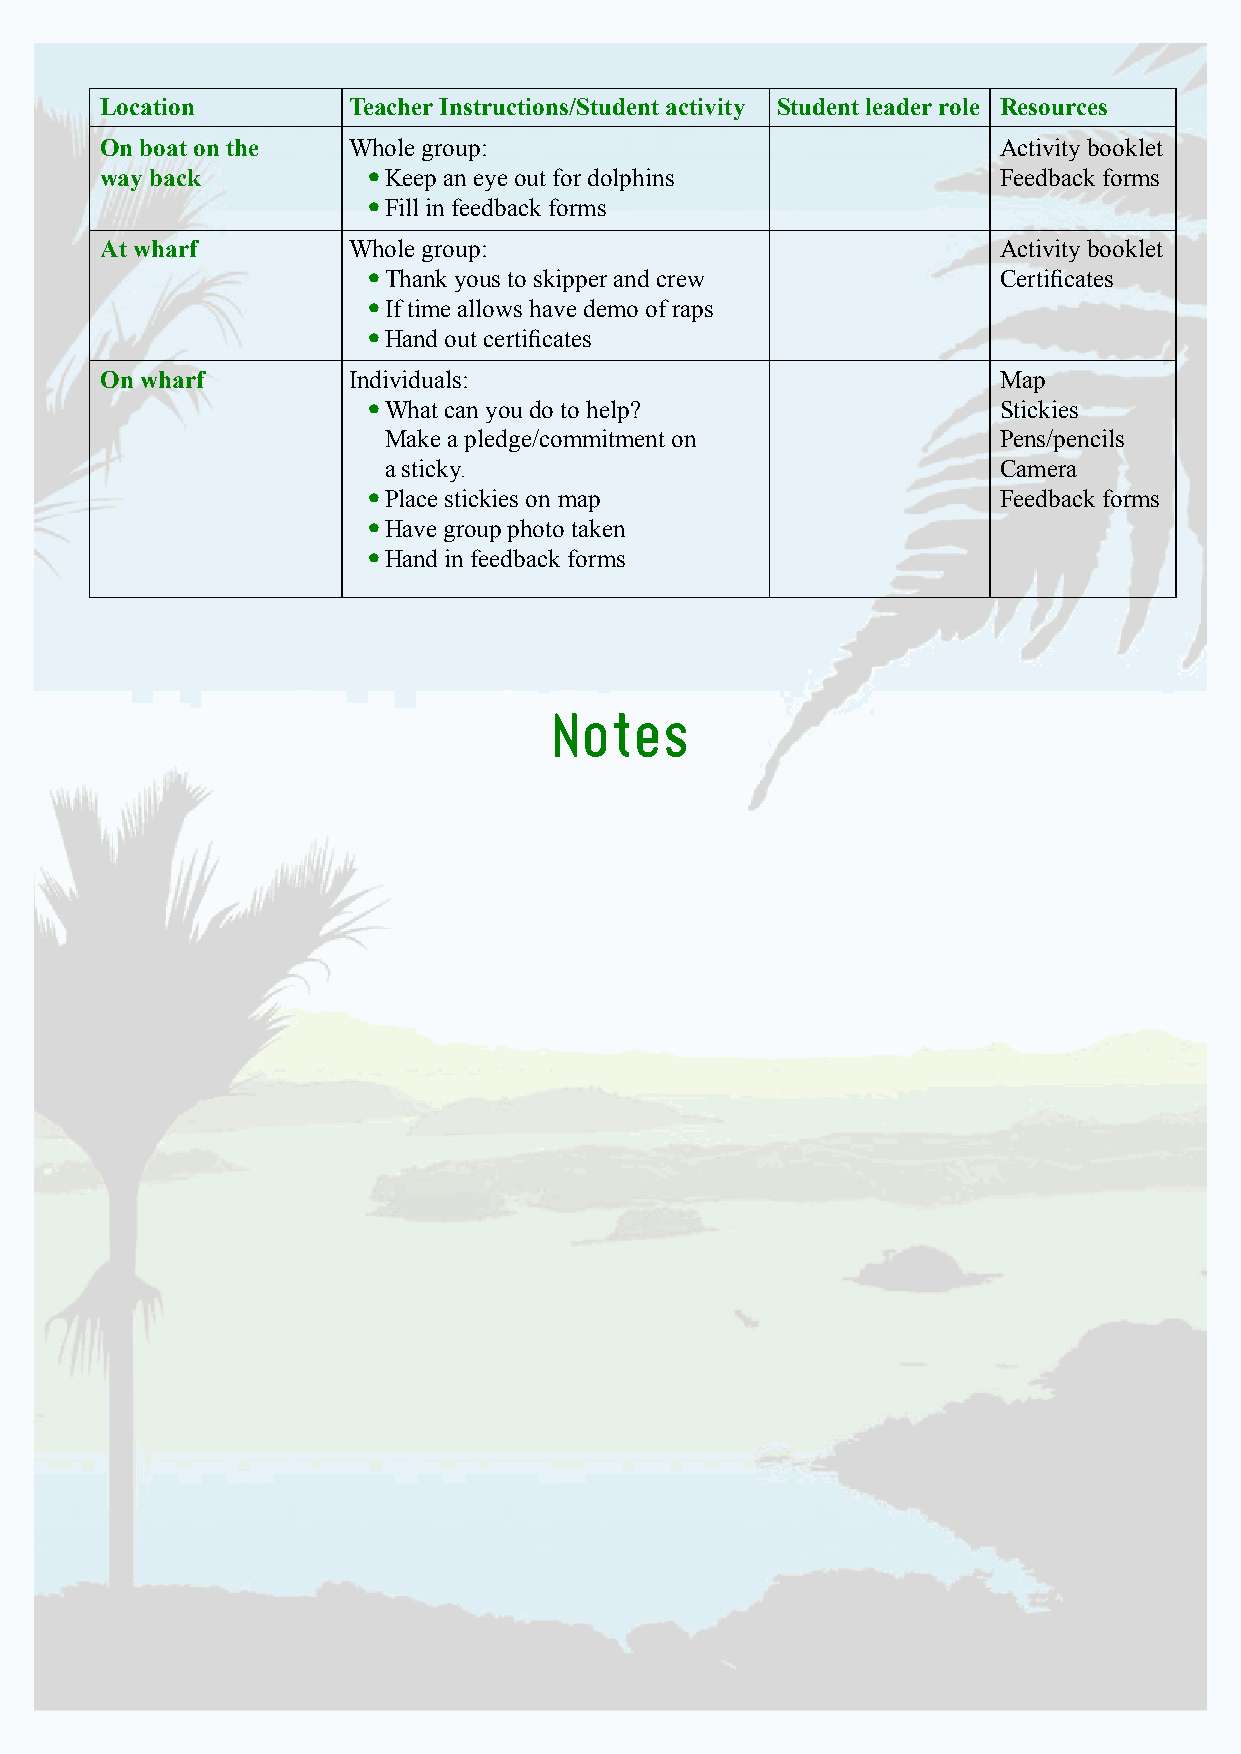
Location        Teacher Instructions/Student activity Student leader role Resources
 On boat on the  Whole group:                               Activity booklet
 way back         • Keep an eye out for dolphins            Feedback forms
 • Fill in feedback forms
 At wharf        Whole group:                               Activity booklet
 • Thank yous to skipper and crew          Certificates
 • If time allows have demo of raps
 • Hand out certificates
 On wharf        Individuals:                               Map
 • What can you do to help?                Stickies
 Make a pledge/commitment on              Pens/pencils
 a sticky.                                Camera
 • Place stickies on map                   Feedback forms
 • Have group photo taken
 • Hand in feedback forms
 Notes